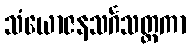
သံယောဇနသင်္ဂသတ္တကာ